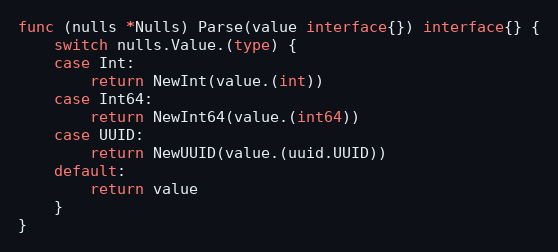
Language: Go
func (nulls *Nulls) Parse(value interface{}) interface{} {
	switch nulls.Value.(type) {
	case Int:
		return NewInt(value.(int))
	case Int64:
		return NewInt64(value.(int64))
	case UUID:
		return NewUUID(value.(uuid.UUID))
	default:
		return value
	}
}